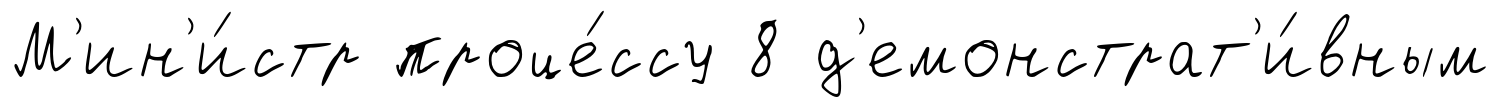
М'ин'и́стр проце́ссу 8 д'емонстрат'и́вным